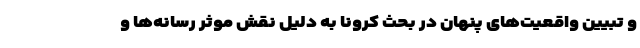
و تبیین واقعیت‌های پنهان در بحث کرونا به دلیل نقش موثر رسانه‌ها و